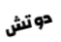
دوتش